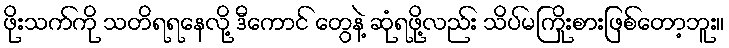
ဖိုးသက်ကို သတိရရနေလို့ ဒီကောင် တွေနဲ့ ဆုံရဖို့လည်း သိပ်မကြိုးစားဖြစ်တော့ဘူး။